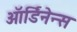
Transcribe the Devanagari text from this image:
ऑर्डिनेन्स